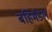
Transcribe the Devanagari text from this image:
बहिर्मंडल